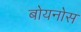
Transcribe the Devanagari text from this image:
बोयनोस